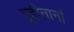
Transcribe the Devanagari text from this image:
गृहीतानां